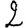
Digit: 2